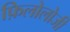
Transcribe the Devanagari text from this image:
फ़िलोलोजी